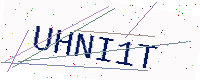
Text: UHNI1T